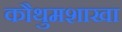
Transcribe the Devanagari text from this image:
कौथुमशाखा